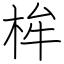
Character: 桙